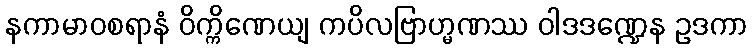
နကာမာဝစရာနံ ဝိက္ကိဏေယျ ကပိလဗြာဟ္မဏဿ ဝါဒဒဏ္ဍေန ဥဒကာ